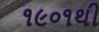
૧૯૦૧થી